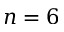
n = 6